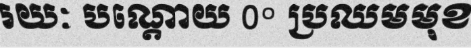
រយៈ បណ្តោយ 0° ប្រឈមមុខ